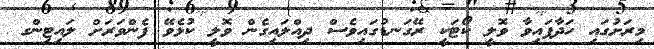
މިރަށުގައި ހަދާފައިވާ ވޮލީ ކޯޓަކީ ރޭގަނޑުގައިވެސް ދިއްލައިގެން ވޮލީ ކުޅެވޭ ފެންވަރަށް ލައިޓިންގ